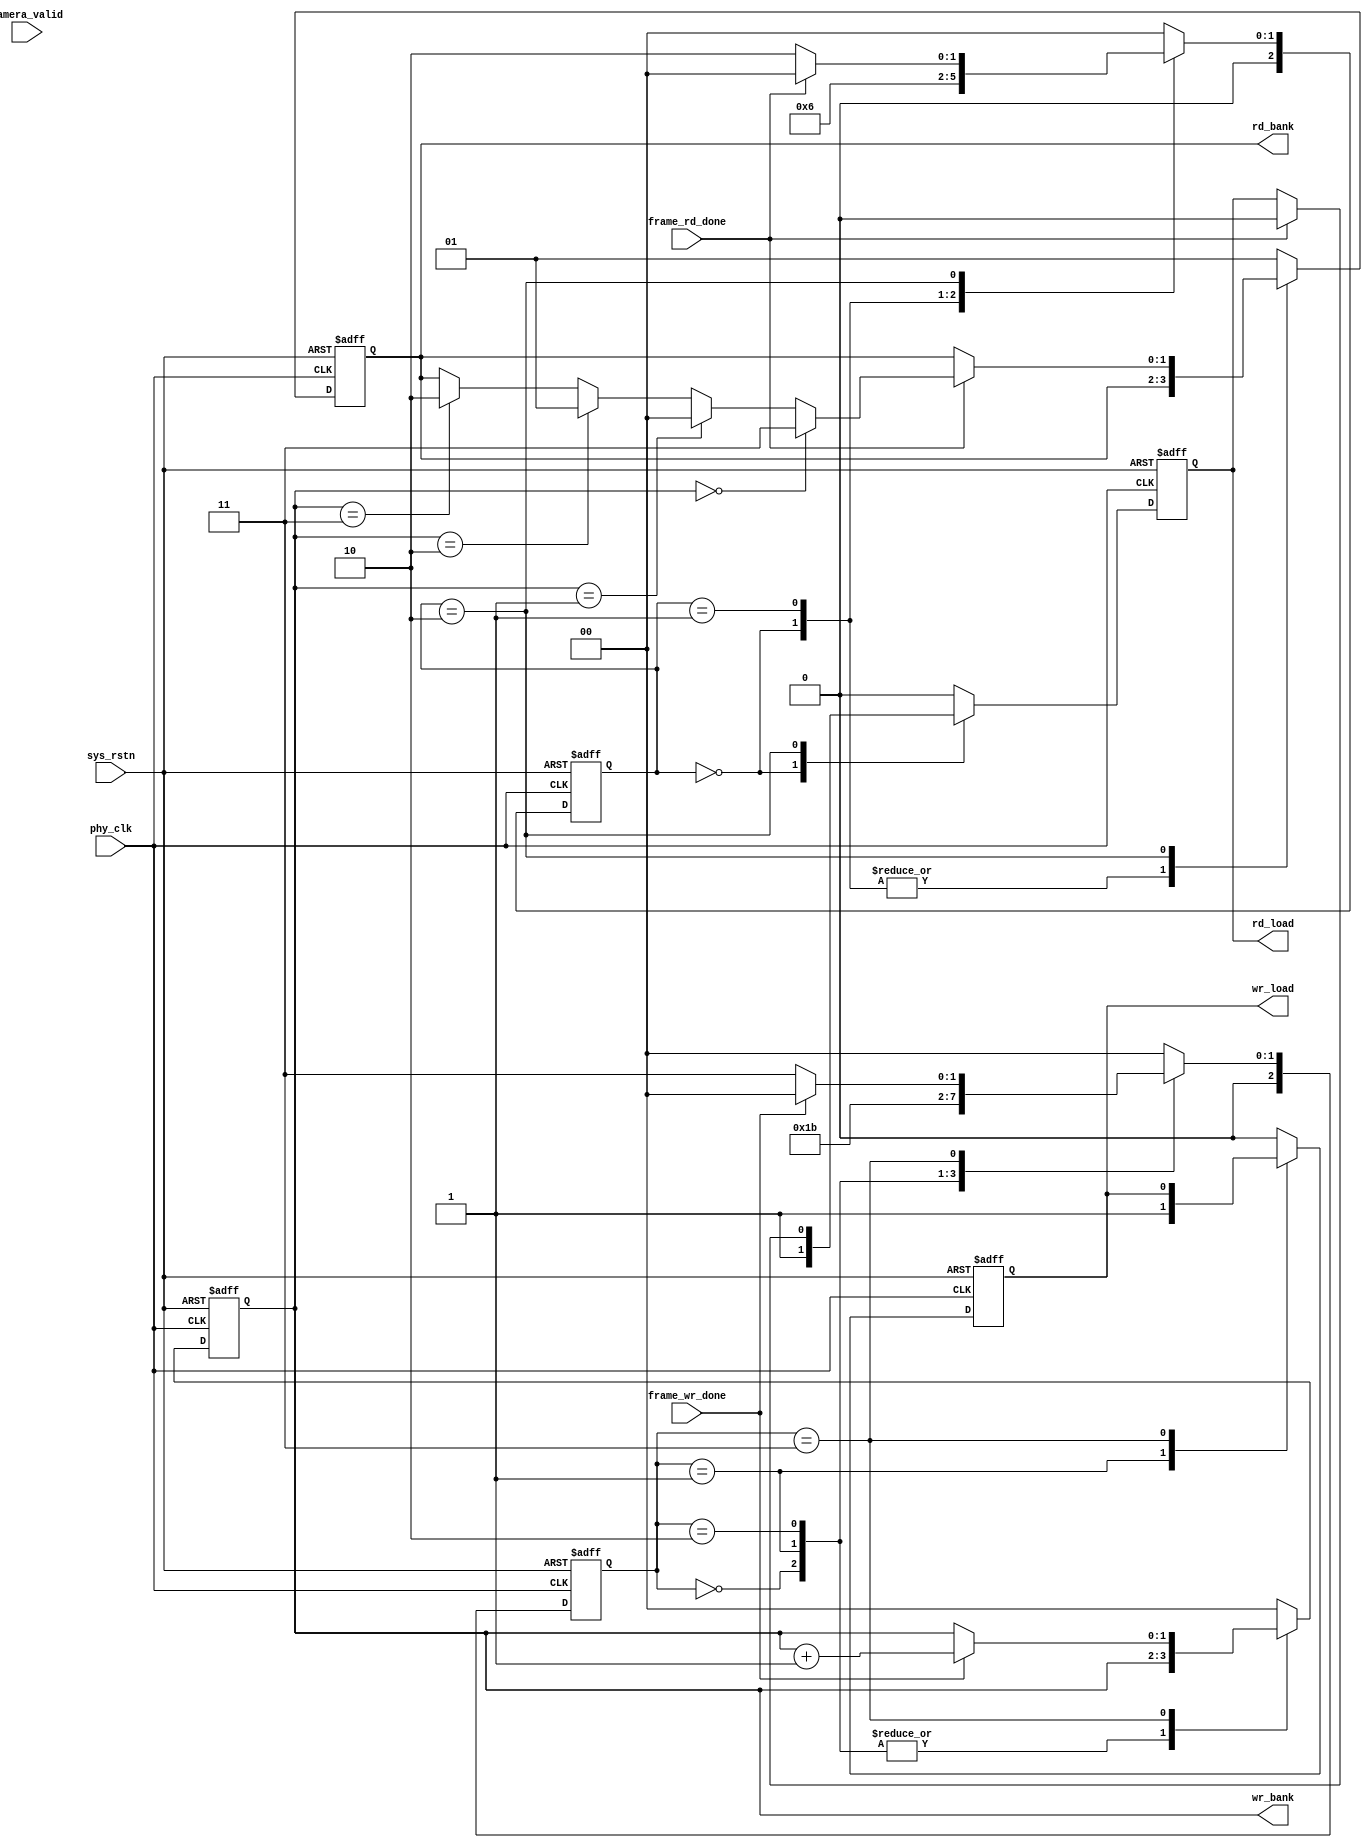
module bank_switch 
(
    input wire phy_clk,
    input wire sys_rstn,

    input wire camera_valid,      //flag :camera will trans an new image | from camera camera_vsync
    input wire frame_wr_done,     //from ddr ddr2R_fifo.v
    input wire frame_rd_done,     //from ddr ddr2W_fifo.v
    //
    output reg [1:0] wr_bank,           //ddr_width is 25bit,bank bit is [24][23]
    output reg wr_load,           //
    output reg [1:0] rd_bank,           //to ddrw_fifo.v
    output reg rd_load           //to ddrw_fifo.v
);

reg bank_valid_d0,bank_valid_d1;
wire bank_switch_flag;
always @(posedge phy_clk or negedge sys_rstn) begin
    if (sys_rstn == 1'b0) begin
        bank_valid_d0 <= 1'b0;
        bank_valid_d1 <= 1'b0;
    end
    else begin
        bank_valid_d0 <= camera_valid;
        bank_valid_d1 <= bank_valid_d0;
    end
end

assign bank_switch_flag = (~bank_valid_d1 & bank_valid_d0) ? 1'b1:1'b0; //pos 
//-------------------------------------------------------
//  write_pingpong
//-------------------------------------------------------
reg [2:0] state_wr;
always @(posedge phy_clk or negedge sys_rstn) begin
    if (sys_rstn == 1'b0) begin
        wr_bank <= 2'b0;
        wr_load <= 1'b0;
        state_wr <= 3'd0;
    end 
    else begin
        case (state_wr)
            3'd0: begin
                wr_load <= 1'b0;
                state_wr <= 3'd1;
            end
            3'd1: begin
                wr_load <= 1'b1;          //load bank_address
                state_wr <= 3'd2;
            end
            3'd2: begin
                wr_load <= 1'b0;
                state_wr <= 3'd3;
            end 
            //3'd3:begin 
            //    if (bank_switch_flag) begin    //when camera transfers next image , it will switch bank
            //        state_wr <= 3'd4;
            //    end 
            //    else begin
            //        state_wr <= 3'd3;
            //    end
            //end  
            3'd3:begin 
                if (frame_wr_done) begin       //waiting for the last fifo data
                    state_wr <= 3'd0;
                    wr_bank <= wr_bank + 2'd1;
                end 
                else begin
                    state_wr <= 3'd3;
                end
            end 
            default: begin
                wr_bank <= 2'd0;
                wr_load <= 1'b0;
                state_wr <= 3'd0;
            end
        endcase
    end
end
//--------------------------------------------------------//
//read-pingpong
reg [2:0] state_rd;
always @(posedge phy_clk or negedge sys_rstn) begin
    if (sys_rstn==1'b0) begin
        rd_bank <= 2'd0;
        rd_load <= 1'b0;
        state_rd <= 3'd0;
    end 
    else begin
        case (state_rd)
            3'b0: begin
                rd_load <= 1'b1;
                state_rd <= 3'd1;
            end
            3'd1: begin
                rd_load <= 1'b0;
                state_rd <= 3'd2;
            end
           // 3'd2: begin 
           //     if (frame_wr_done) begin    //when camera transfers next image , it will switch bank
           //         state_rd <= 3'd3;
           //         rd_load <= 1'b0;
           //     end 
           //     else begin
           //         state_rd <= 3'd2;
           //     end
           // end  
            3'd2:begin 
                if (frame_rd_done) begin
                    state_rd <= 3'd0;
                    rd_load <= 1'b0;
                    if (wr_bank==2'b00)begin
                        rd_bank <= 2'b11;
                    end
                    else if (wr_bank==2'b01)begin
                        rd_bank <= 2'b00;
                    end
                    else if (wr_bank==2'b10)begin
                        rd_bank <= 2'b01;
                    end
                    else if (wr_bank==2'b11)begin
                        rd_bank <= 2'b10;
                    end 
                end 
                else begin
                    rd_bank <= rd_bank;
                    state_rd <= 3'd2;
                end
            end 
            default: begin
                rd_bank <= 1'b1;
                rd_load <= 1'b0;
                state_rd <= 3'd0;
            end
        endcase
    end
end




endmodule